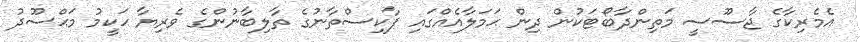
އެމެރިކާގެ ޖާސޫސީ މަތިންދާބޯޓަކުން ދިން ޙަމަލާއެއްގައި ޕާކިސްތާނުގެ ތާލިބާނުންގެ ވެރިޔާ ޙަކީމު މަޙްސޫދު